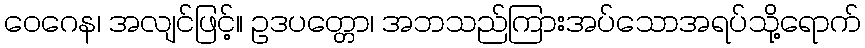
ဝေဂေန၊ အလျင်ဖြင့်။ ဥဒပတ္တော၊ အဘသည်ကြားအပ်သောအရပ်သို့ရောက်